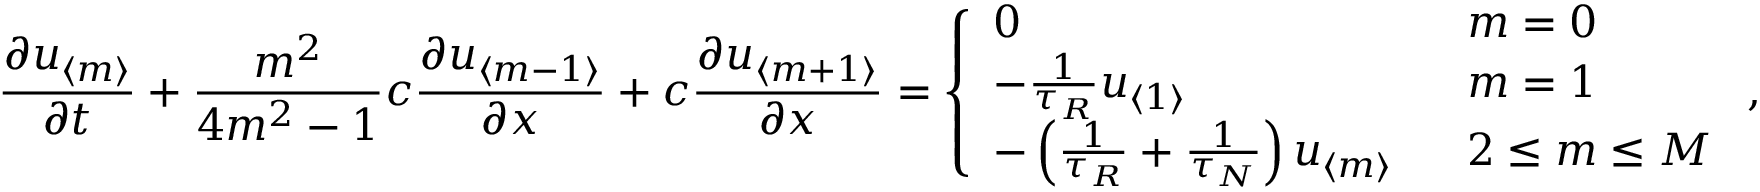
\frac { \partial u _ { \langle m \rangle } } { \partial t } + \frac { m ^ { 2 } } { 4 m ^ { 2 } - 1 } c \frac { \partial u _ { \langle m - 1 \rangle } } { \partial x } + c \frac { \partial u _ { \langle m + 1 \rangle } } { \partial x } = \left\{ \begin{array} { l l } { \displaystyle 0 \ } & { \ m = 0 } \\ { - \frac { 1 } { \tau _ { R } } u _ { \langle 1 \rangle } \ } & { \ m = 1 } \\ { - \left( \frac { 1 } { \tau _ { R } } + \frac { 1 } { \tau _ { N } } \right) u _ { \langle m \rangle } \ } & { \ 2 \leq m \leq M } \end{array} \right. ,